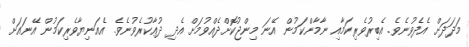
މަދަދަށް އެދެވުނެވެ. އެބިރުވެރިކަމާއި ނާމާންކަމުން އޭނަ މިންޖުކޮށްދެއްވުމަށް އެދި ދުޢާކުރެވުނެވެ. އެއަނިޔާވެރިކަމުން އޭނައަށް